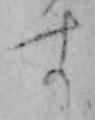
す